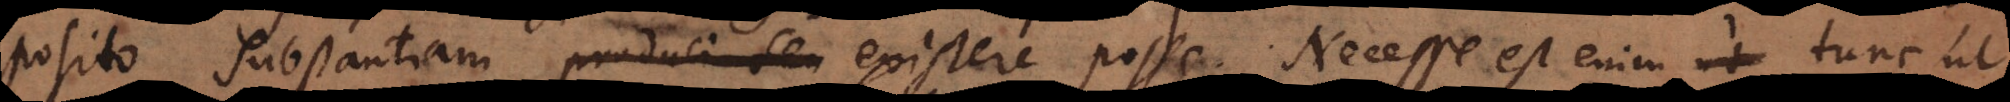
posito substantiam produci seu existere posse. Necesse est enim tunc ut